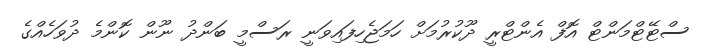
ސްޓޭޓްމަންޓް އޮފް އެންޓްރީ ދޫކުރުމަށް ހަމަޖެހިފައިވަނީ ރަސްމީ ބަންދު ނޫން ކޮންމެ ދުވަހެއްގެ